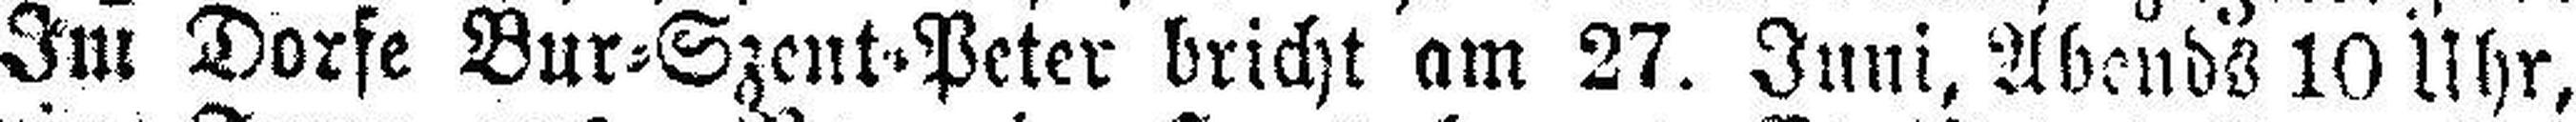
Im Dorfe Bur=Szent=Peter bricht am 27. Juni, Abends 10 Uhr,